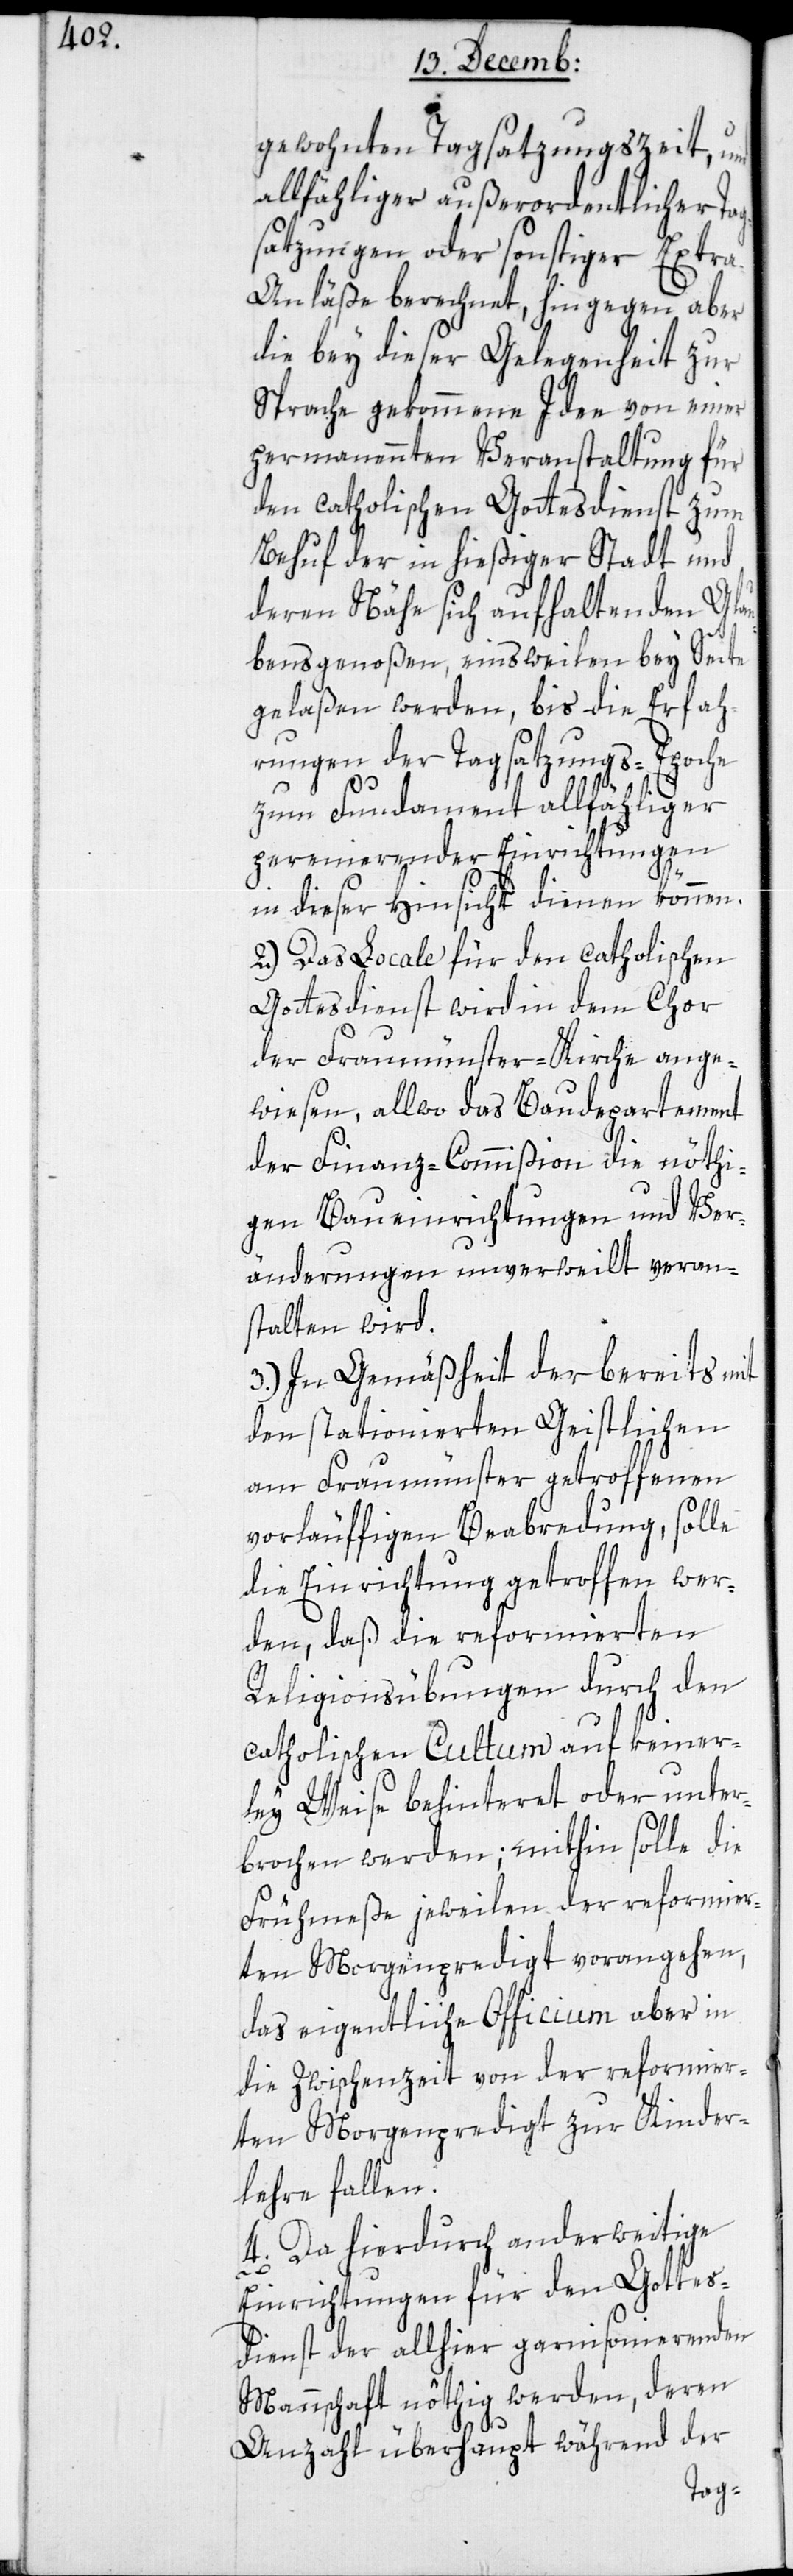
gewohnten Tagsatzungszeit, und
allfähliger außerordentlicher Tag¬
satzungen oder sonstiger Extr¬
a-Anläße berechnet, hingegen aber
die bey dieser Gelegenheit zur
Sprache gekommene Idee von einer
permanenten Veranstaltung für
den catholischen Gottesdienst zum
Behuf der in hießiger Stadt und
deren Nähe sich aufhaltenden Glau¬
bensgenoßen, einstweilen bey Seite
gelaßen werden, bis die Erfah¬
rungen der Tagsatzungs-Epoche
zum Fundament allfähliger
peremierender Einrichtungen
in dieser Hinsicht dienen können.
2.) Das Locale für den catholischen
Gottesdienst wird in dem Chor
der Fraumünster-Kirche ange¬
wiesen, allwo das Baudepartement
der Finanz-Commißion die nöthi¬
gen Baueinrichtungen und Ver¬
änderungen unverweilt veran¬
stalten wird.
3.) In Gemäßheit der bereits mit
den stationierten Geistlichen
am Fraumünster getroffenen
vorläuffigen Beabredung, solle
die Einrichtung getroffen wer¬
den, daß die reformierten
Religionsübungen durch den
catholischen Cultum auf keiner¬
ley Weise behinteret oder unter¬
brochen werden; mithin solle die
Frühmeße jeweilen der reformier¬
ten Morgenpredigt vorangehen,
das eigentliche Officium aber in
die Zwischenzeit von der reformier¬
ten Morgenpredigt zur Kinder¬
lehre fallen.
4. Da hierdurch anderweitige
Einrichtungen für den Gottes¬
dienst der allhier garnisonierenden
Mannschaft nöthig werden, deren
Anzahl überhaupt während der